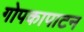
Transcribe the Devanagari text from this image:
गोपकापाटन